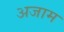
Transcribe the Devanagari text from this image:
अजाम